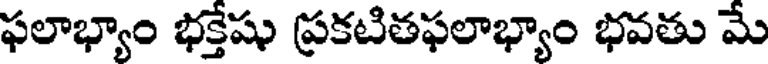
ఫలాభ్యాం భక్తేషు ప్రకటితఫలాభ్యాం భవతు మే